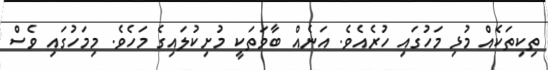
ތިކިތަކެއް މުޅި މަހުގައި ހުރެއެވެ. އަނެއް ބާވަތަކީ މުށިކުލައިގެ މަހެވެ. މިމަހުގައި ވެސް